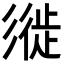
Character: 𢒩